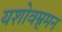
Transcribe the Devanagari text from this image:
यशोवम्र्मन